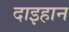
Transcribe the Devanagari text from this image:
दाइहान